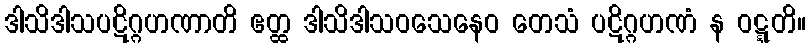
ဒါသိဒါသပဋိဂ္ဂဟဏာတိ ဧတ္ထ ဒါသိဒါသဝသေနေဝ တေသံ ပဋိဂ္ဂဟဏံ န ဝဋ္ဋတိ။